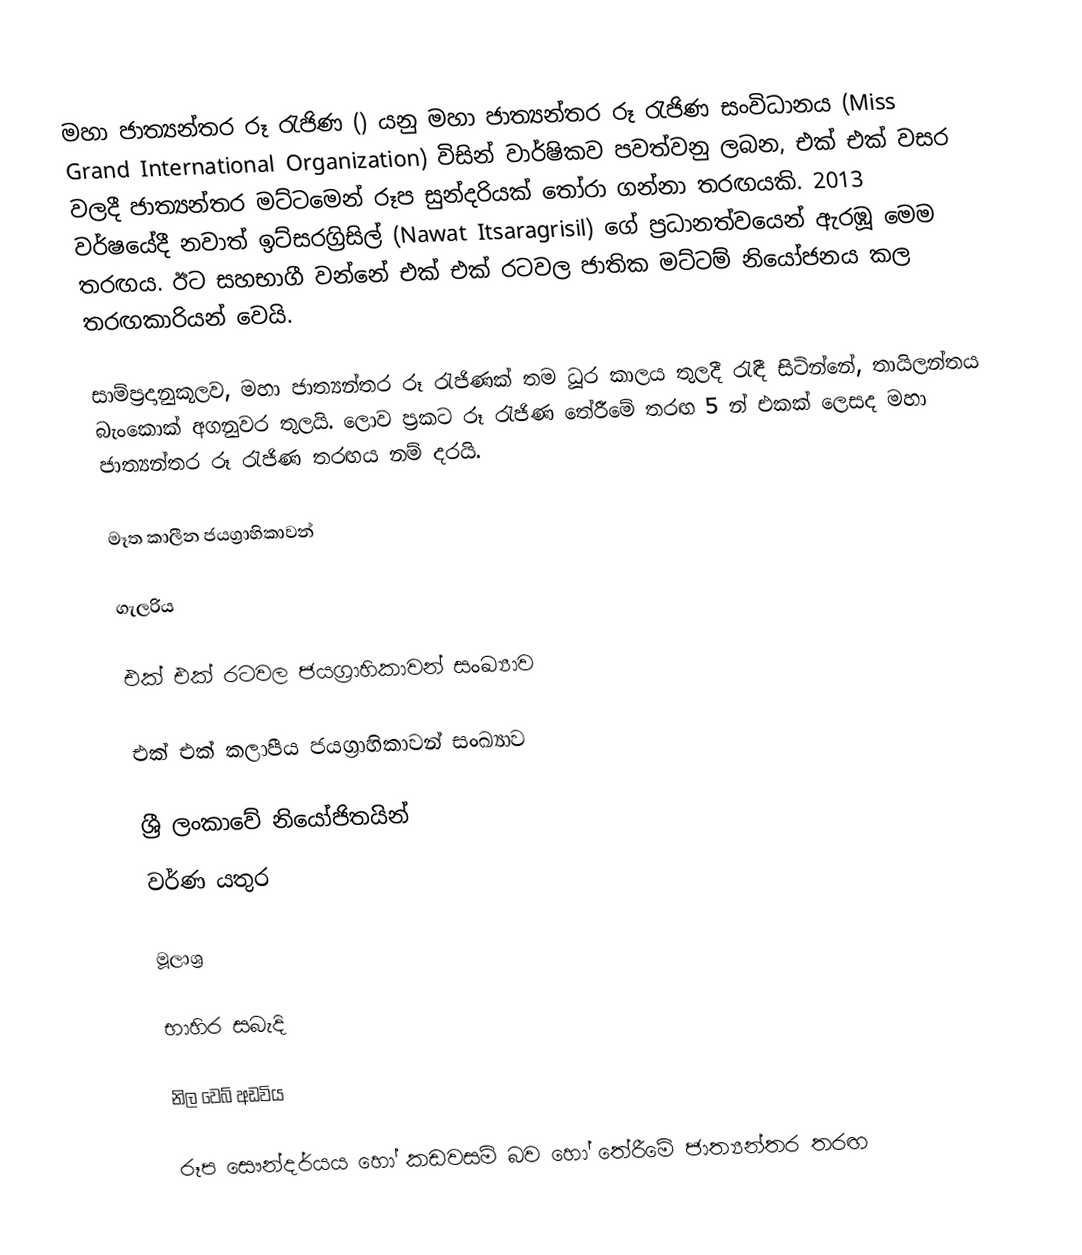
මහා ජාත්‍යන්තර රූ රැජිණ () යනු මහා ජාත්‍යන්තර රූ රැජිණ සංවිධානය (Miss Grand International Organization) විසින් වාර්ෂිකව පවත්වනු ලබන, එක් එක් වසර වලදී ජාත්‍යන්තර මට්ටමෙන් රූප සුන්දරියක් තෝරා ගන්නා තරඟයකි. 2013 වර්ෂයේදී නවාත් ඉට්සරග්‍රිසිල් (Nawat Itsaragrisil) ගේ ප්‍රධානත්වයෙන් ඇරඹූ මෙම තරඟය. ඊට සහභාගී වන්නේ එක් එක් රටවල ජාතික මට්ටම් නියෝජනය කල තරඟකාරියන් වෙයි.

සාම්ප්‍රදානුකූලව, මහා ජාත්‍යන්තර රූ රැජිණක් තම ධූර කාලය තුලදී රැඳී සිටින්නේ, තායිලන්තය බැංකොක් අගනුවර තුලයි. ලොව ප්‍රකට රූ රැජිණ තේරීමේ තරඟ 5 න් එකක් ලෙසද මහා ජාත්‍යන්තර රූ රැජිණ තරඟය නම් දරයි.

මෑත කාලීන ජයග්‍රාහිකාවන්

ගැලරිය

එක් එක් රටවල ජයග්‍රාහිකාවන් සංඛ්‍යාව

එක් එක් කලාපීය ජයග්‍රාහිකාවන් සංඛ්‍යාව

ශ්‍රී ලංකාවේ නියෝජිතයින්
වර්ණ යතුර

මූලාශ්‍ර

භාහිර සබැදි

 නිල වෙබ් අඩවිය

රූප සෞන්දර්යය හෝ කඩවසම් බව හෝ තේරීමේ ජාත්‍යන්තර තරඟ